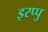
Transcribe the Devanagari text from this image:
इरप्पु